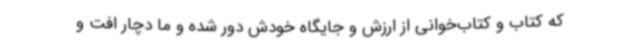
که کتاب و کتاب‌خوانی از ارزش و جایگاه خودش دور شده و ما دچار افت و